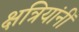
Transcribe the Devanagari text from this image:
क्षत्रियांनीं